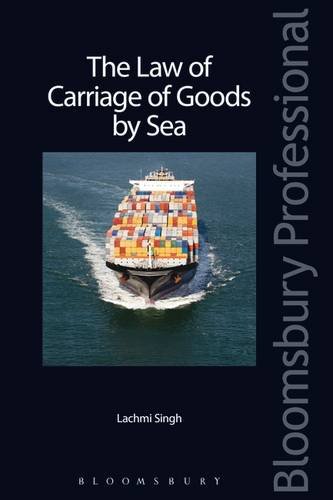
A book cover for The Law of Carriage of Goods by Sea; Lachmi Singh; Law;